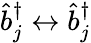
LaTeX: \hat{b}_{j}^{\dagger}\leftrightarrow\hat{b}_{j}^{\dagger}